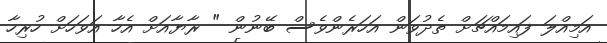
އަމިއްލަ ފައިމައްޗަށް ތެދުވަން އަހަރެންވެސް ބޭނުން " ރާޔާއަށް އެހާ އަވަހަށް ހުރިހާ